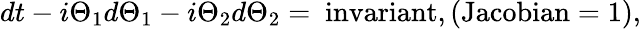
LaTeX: dt-i\Theta_{1}d\Theta_{1}-i\Theta_{2}d\Theta_{2}=\mathrm{~invariant},(\mathrm{Jacobian}=1),